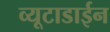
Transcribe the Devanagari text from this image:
व्यूटाडाईन